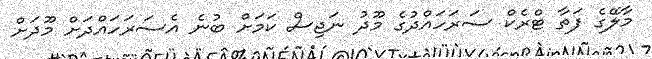
މާލޭގެ ފަތާ ޓްރެކް ސަރަހައްދުގެ މޫދު ނަޖިސް ކަމަށް ބުނެ އެސަރަހައްދަށް މޫދަށް